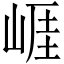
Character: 崕